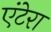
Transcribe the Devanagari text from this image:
एंटेरा